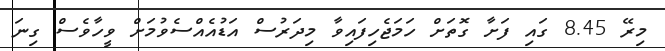
މިރޭ 8.45 ގައި ފަށާ ގޮތަށް ހަމަޖެހިފައިވާ މިދަރުސް އަޑުއެއްސެވުމަށް ވީހާވެސް ގިނަ